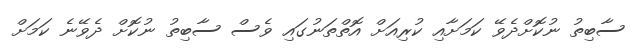
ސާބިތު ނުކޮށްދެވޭ ކަމަށާއި ކުރިއަށް އޮތްތަނުގައި ވެސް ސާބިތު ނުކޮށް ދެވޭނެ ކަމަށް